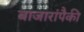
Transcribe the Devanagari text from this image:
बाजारांपैकी